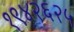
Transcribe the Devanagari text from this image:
१९४२६२५